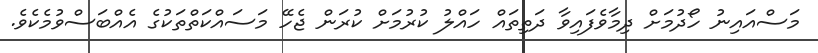
މަސްއައިނު ހޯދުމަށް ދިމާވެފައިވާ ދަތިތައް ހައްލު ކުރުމަށް ކުރަން ޖެހޭ މަސައްކަތްތަކުގެ އެއްބަސްވުމެކެވެ.